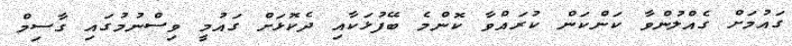
ގައުމަށް ގެއްލުންވާ ކަންކަން ކުރައްވާ ކޮންމެ ބޭފުޅަކާއި ދެކޮޅަށް ގައުމީ ވިސްނުމުގައި ގާސިމް